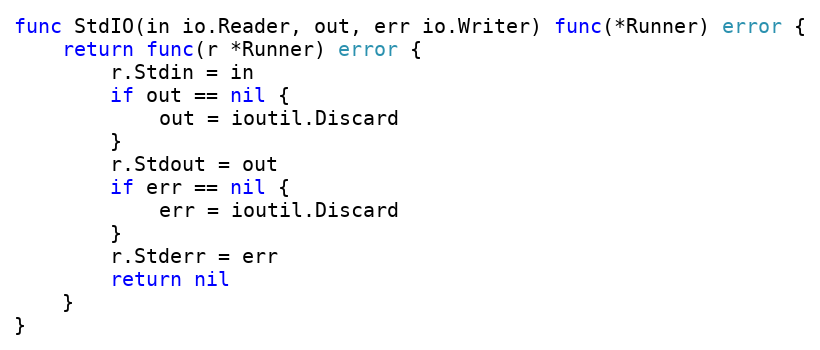
Language: Go
func StdIO(in io.Reader, out, err io.Writer) func(*Runner) error {
	return func(r *Runner) error {
		r.Stdin = in
		if out == nil {
			out = ioutil.Discard
		}
		r.Stdout = out
		if err == nil {
			err = ioutil.Discard
		}
		r.Stderr = err
		return nil
	}
}